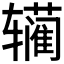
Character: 𰺣